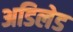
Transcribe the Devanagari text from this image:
अडिलेड